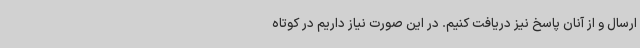
ارسال و از آنان پاسخ نیز دریافت کنیم. در این صورت نیاز داریم در کوتاه